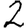
Digit: 2